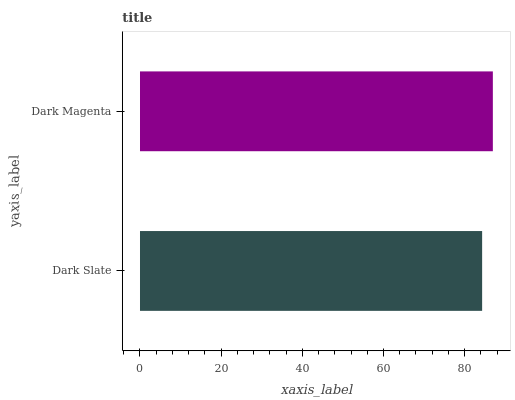
| yaxis_label | bars |
 | --- | --- |
 | Dark Slate | 84.3 |
 | Dark Magenta | 87 |